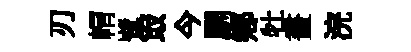
刃㡌鷺冣今馴鄕牡畫浣